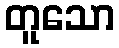
တူသော